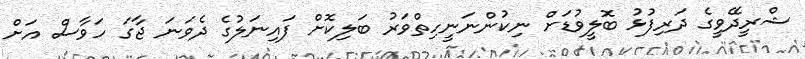
ޝްރީދޭވީގެ ދަރިފުޅު ބޮލީވުޑަށް ނިކުންނަނީހިތްވަރު ބަލިކޮށް ފައިނަލުގެ ދެވަނަ ޖާގަ ހަވާސް އަށް